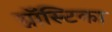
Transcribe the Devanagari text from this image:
ग्नॉस्टिका